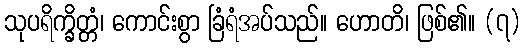
သုပရိက္ခိတ္တံ၊ ကောင်းစွာ ခြံရံအပ်သည်။ ဟောတိ၊ ဖြစ်၏။ (၇)